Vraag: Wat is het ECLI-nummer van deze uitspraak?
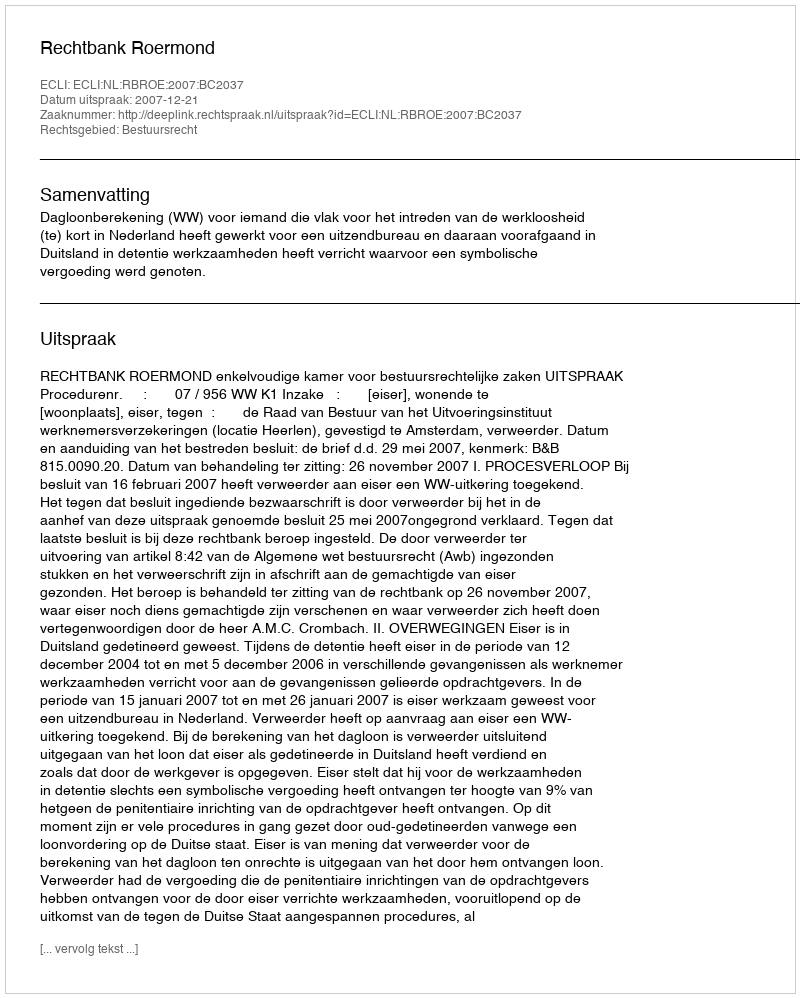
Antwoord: ECLI:NL:RBROE:2007:BC2037